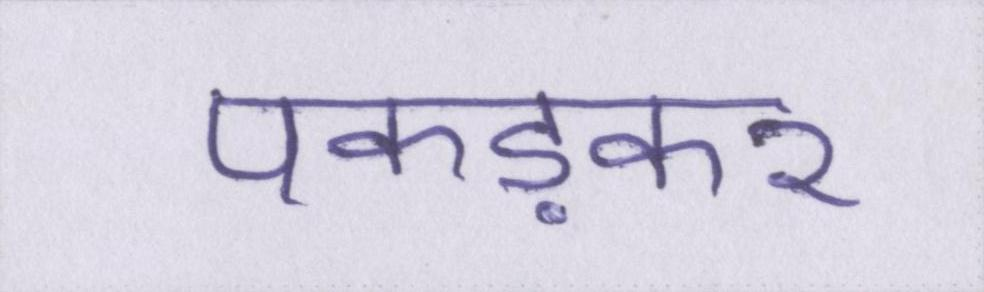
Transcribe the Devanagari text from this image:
पकड़कर